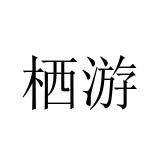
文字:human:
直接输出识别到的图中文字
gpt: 栖游